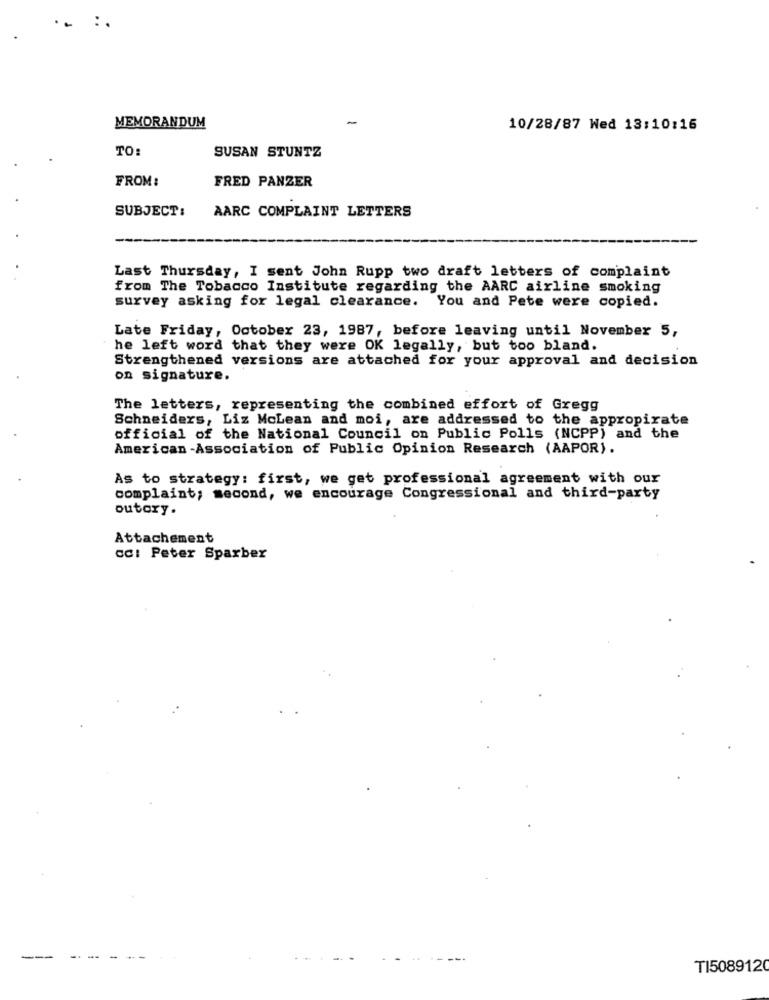
-
MEMORANDUM
10/28/87 Wed 13:10:16
TO:
SUSAN STUNTZ
FROM:
FRED PANZER
SUBJECT:
AARC COMPLAINT LETTERS
Last Thursday, I sent John Rupp two draft letters of complaint
from The Tobacco Institute regarding the AARC airline smoking
survey asking for legal clearance. You and Pete were copied.
Late Friday, October 23, 1987, before leaving until November 5,
he left word that they were OK legally, but too bland.
Strengthened versions are attached for your approval and decision
on signature.
The letters, representing the combined effort of Gregg
Schneiders, Liz McLean and moi, are addressed to the appropirate
official of the National Council on Public Polls (NCPP) and the
American -Association of Public Opinion Research (AAPOR).
As to strategy: first, we get professional agreement with our
complaint; second, we encourage Congressional and third-party
outory.
Attachement
cc: Peter Sparber
--
TI5089120